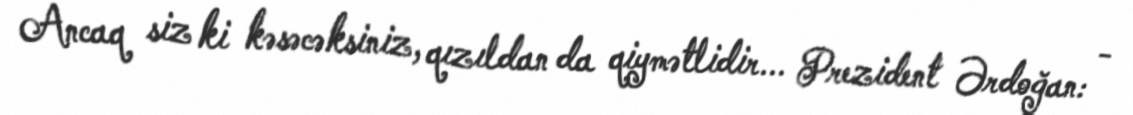
Ancaq siz ki kəsəcəksiniz, qızıldan da qiymətlidir... Prezident Ərdoğan: -